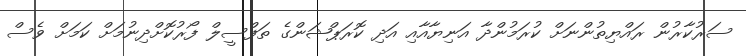
ސަރުކާރުން ރައްޔިތުންނަށް ކުރަމުންދާ އަނިޔާއާއި އަދި ކޮރަޕްޝަންގެ ތަފްސީލް ފޯރުކޮށްދިނުމަށް ކަމަށް ވެސް